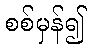
စစ်မှန်၍